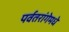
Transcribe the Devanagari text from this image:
पर्वतरांगेमधे